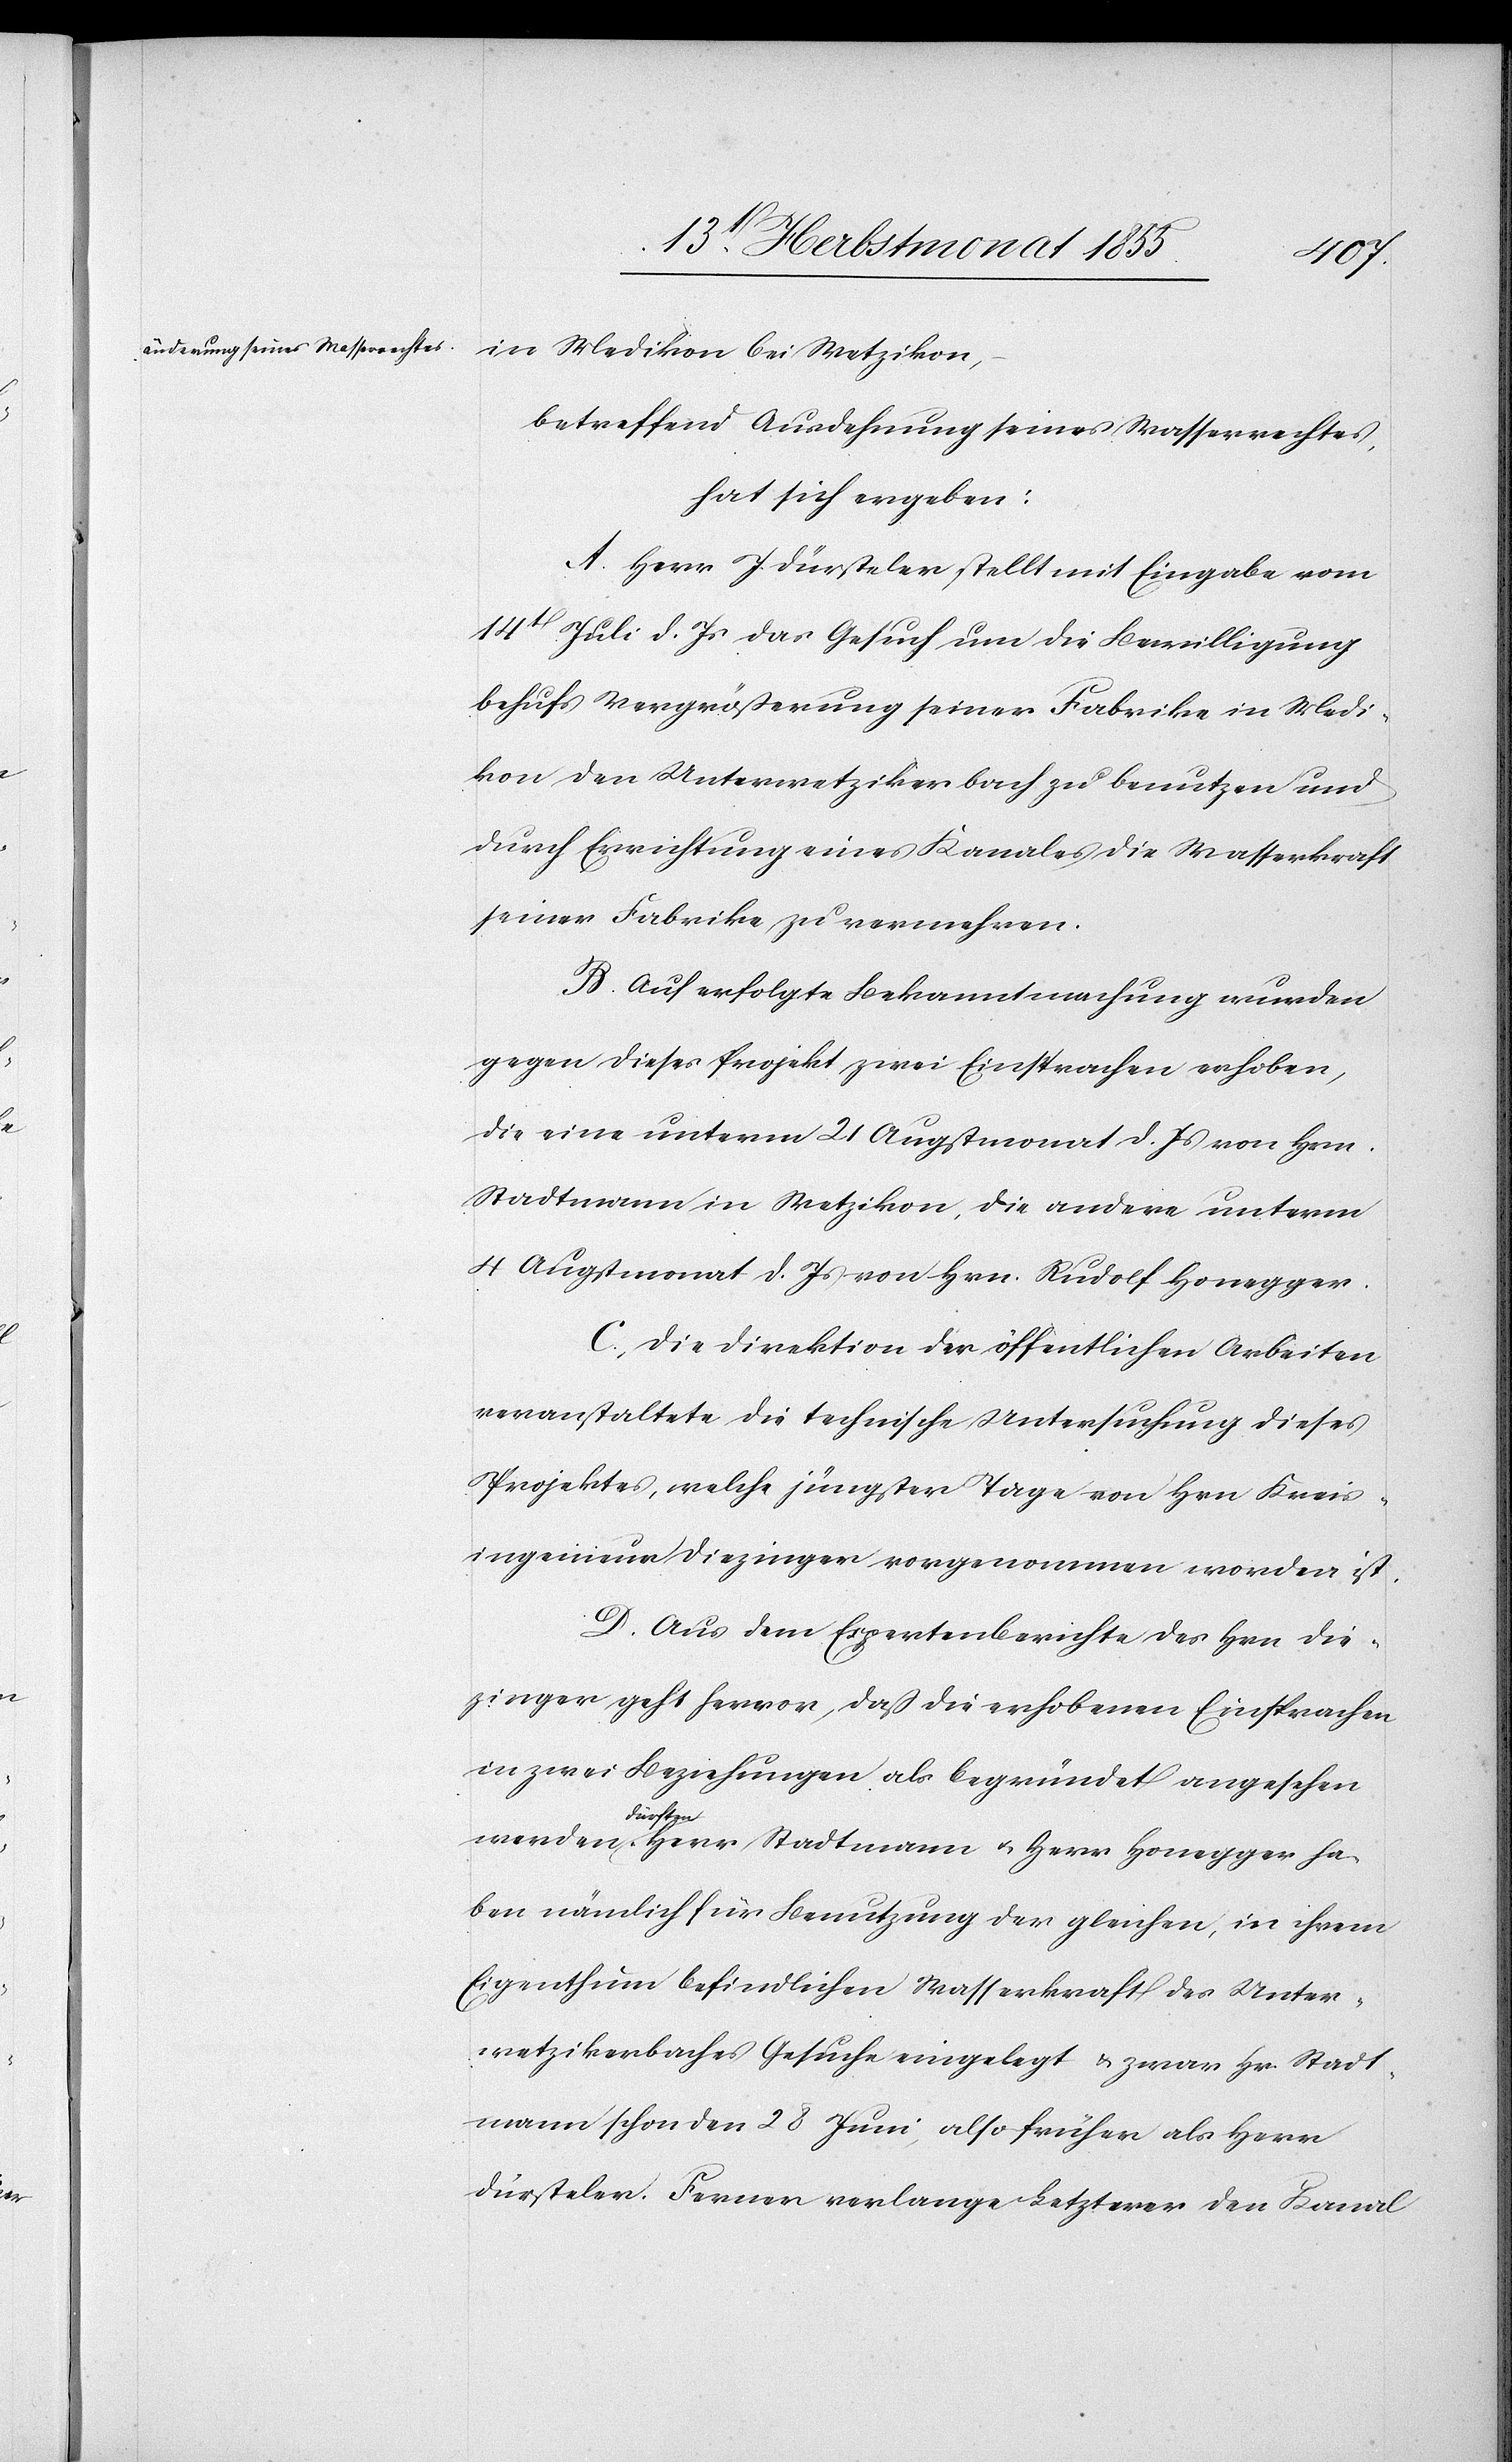
in Medikon bei Wetzikon,
betreffend Ausdehnung seines Wasserrechtes,
hat sich ergeben:
A. Herr J. Dürsteler stellt mit Eingabe vom
14t Juli d. Js das Gesuch um die Bewilligung
behufs Vergrößerung seiner Fabrike in Medi¬
kon den Unterwetzikerbach zu benutzen und
durch Errichtung eines Kanales die Wasserkraft
seiner Fabrike zu vermehren.
B. Auf erfolgte Bekanntmachung wurden
gegen dieses Projekt zwei Einsprachen erhoben,
die eine unterm 21 Augstmonat d. Js von Hrn.
Stadtmann in Wetzikon, die andere unterm
4 Augstmonat d. Js von Hrn. Rudolf Honegger.
C, Die Direktion der öffentlichen Arbeiten
veranstaltete die technische Untersuchung dieses
Projektes, welche jüngster Tage von Hrn Kreis¬
ingenieur Diezinger vorgenommen worden ist.
D. Aus dem Expertenberichte des Hrn Die¬
zinger geht hervor, daß die erhobenen Einsprachen
in zwei Beziehungen als begründet angesehen
dürften.
haben nämlich für Benutzung der gleichen, in ihrem
Eigenthum befindlichen Wasserkraft des Unter¬
wetzikerbaches Gesuche eingelegt & zwar Hr. Stadt¬
mann schon den 28 Juni, also früher als Herr
Dürsteler. Ferner verlange Letzterer den Kanal